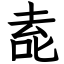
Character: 唟